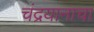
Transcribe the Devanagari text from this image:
चंद्रयानाचा